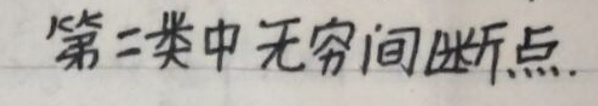
第二类中无无穷间断点.